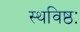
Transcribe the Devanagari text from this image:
स्थविष्ठः